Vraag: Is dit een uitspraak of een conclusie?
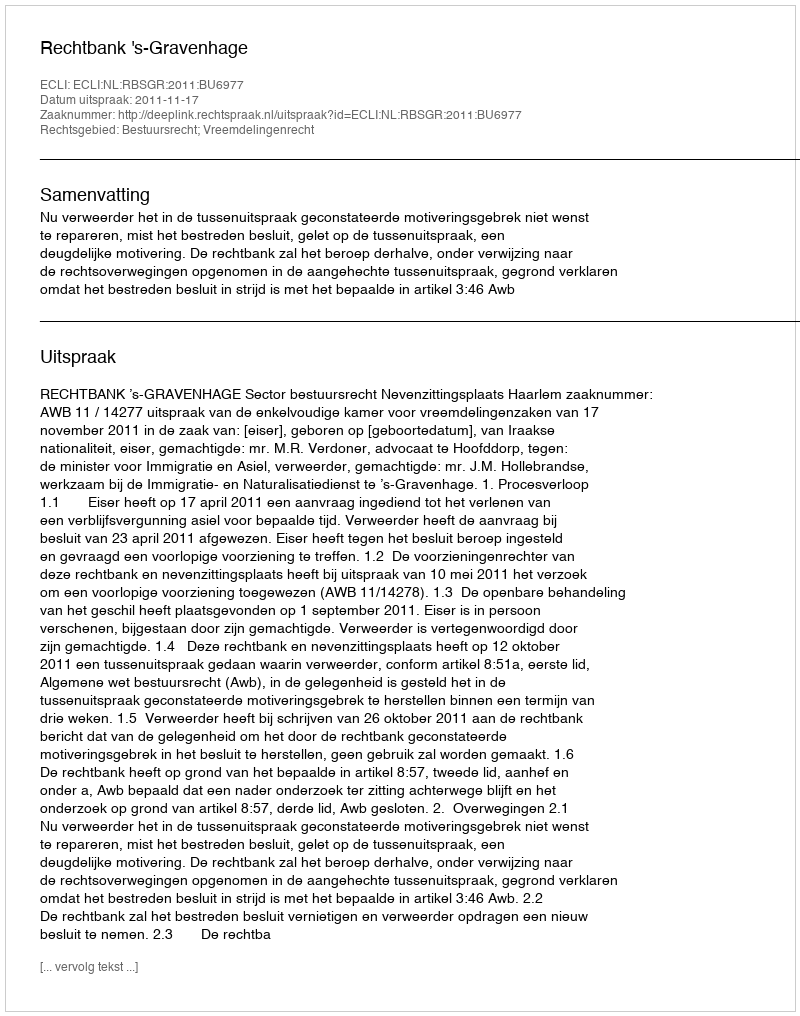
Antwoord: Uitspraak